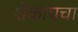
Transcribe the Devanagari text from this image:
शेकापचा